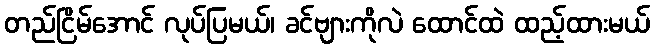
တည်ငြိမ်အောင် လုပ်ပြမယ်၊ ခင်ဗျားကိုလဲ ထောင်ထဲ ထည့်ထားမယ်